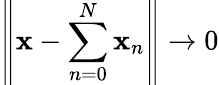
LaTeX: \left\| \mathbf{x}-\sum_{n=0}^{N}\mathbf{x}_{n}\right\| \to0